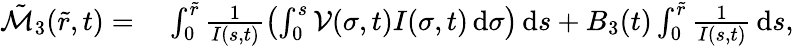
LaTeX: \begin{array}{rl}{\tilde{\mathcal{M}}_{3}(\tilde{r},t)=}&{\; \int_{0}^{\tilde{r}}\frac{1}{I(s,t)}\left(\int_{0}^{s}\mathcal{V}(\sigma,t)I(\sigma,t)\, \mathrm{d}\sigma\right)\, \mathrm{d}s+B_{3}(t)\int_{0}^{\tilde{r}}\frac{1}{I(s,t)}\, \mathrm{d}s,}\end{array}